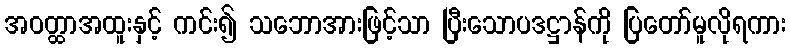
အဝတ္ထာအထူးနှင့် ကင်း၍ သဘောအားဖြင့်သာ ပြီးသောပဒဋ္ဌာန်ကို ပြတော်မူလိုရကား